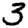
Digit: 3